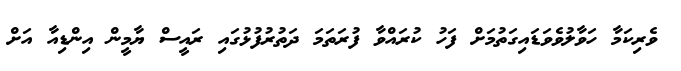
ވެރިކަމާ ހަވާލުވެވަޑައިގަތުމަށް ފަހު ކުރައްވާ ފުރަތަމަ ދަތުރުފުޅުގައި ރައީސް ޔާމީން އިންޑިއާ އަށް